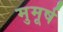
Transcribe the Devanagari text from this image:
मुमूर्ष